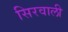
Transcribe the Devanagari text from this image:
सिरवाली